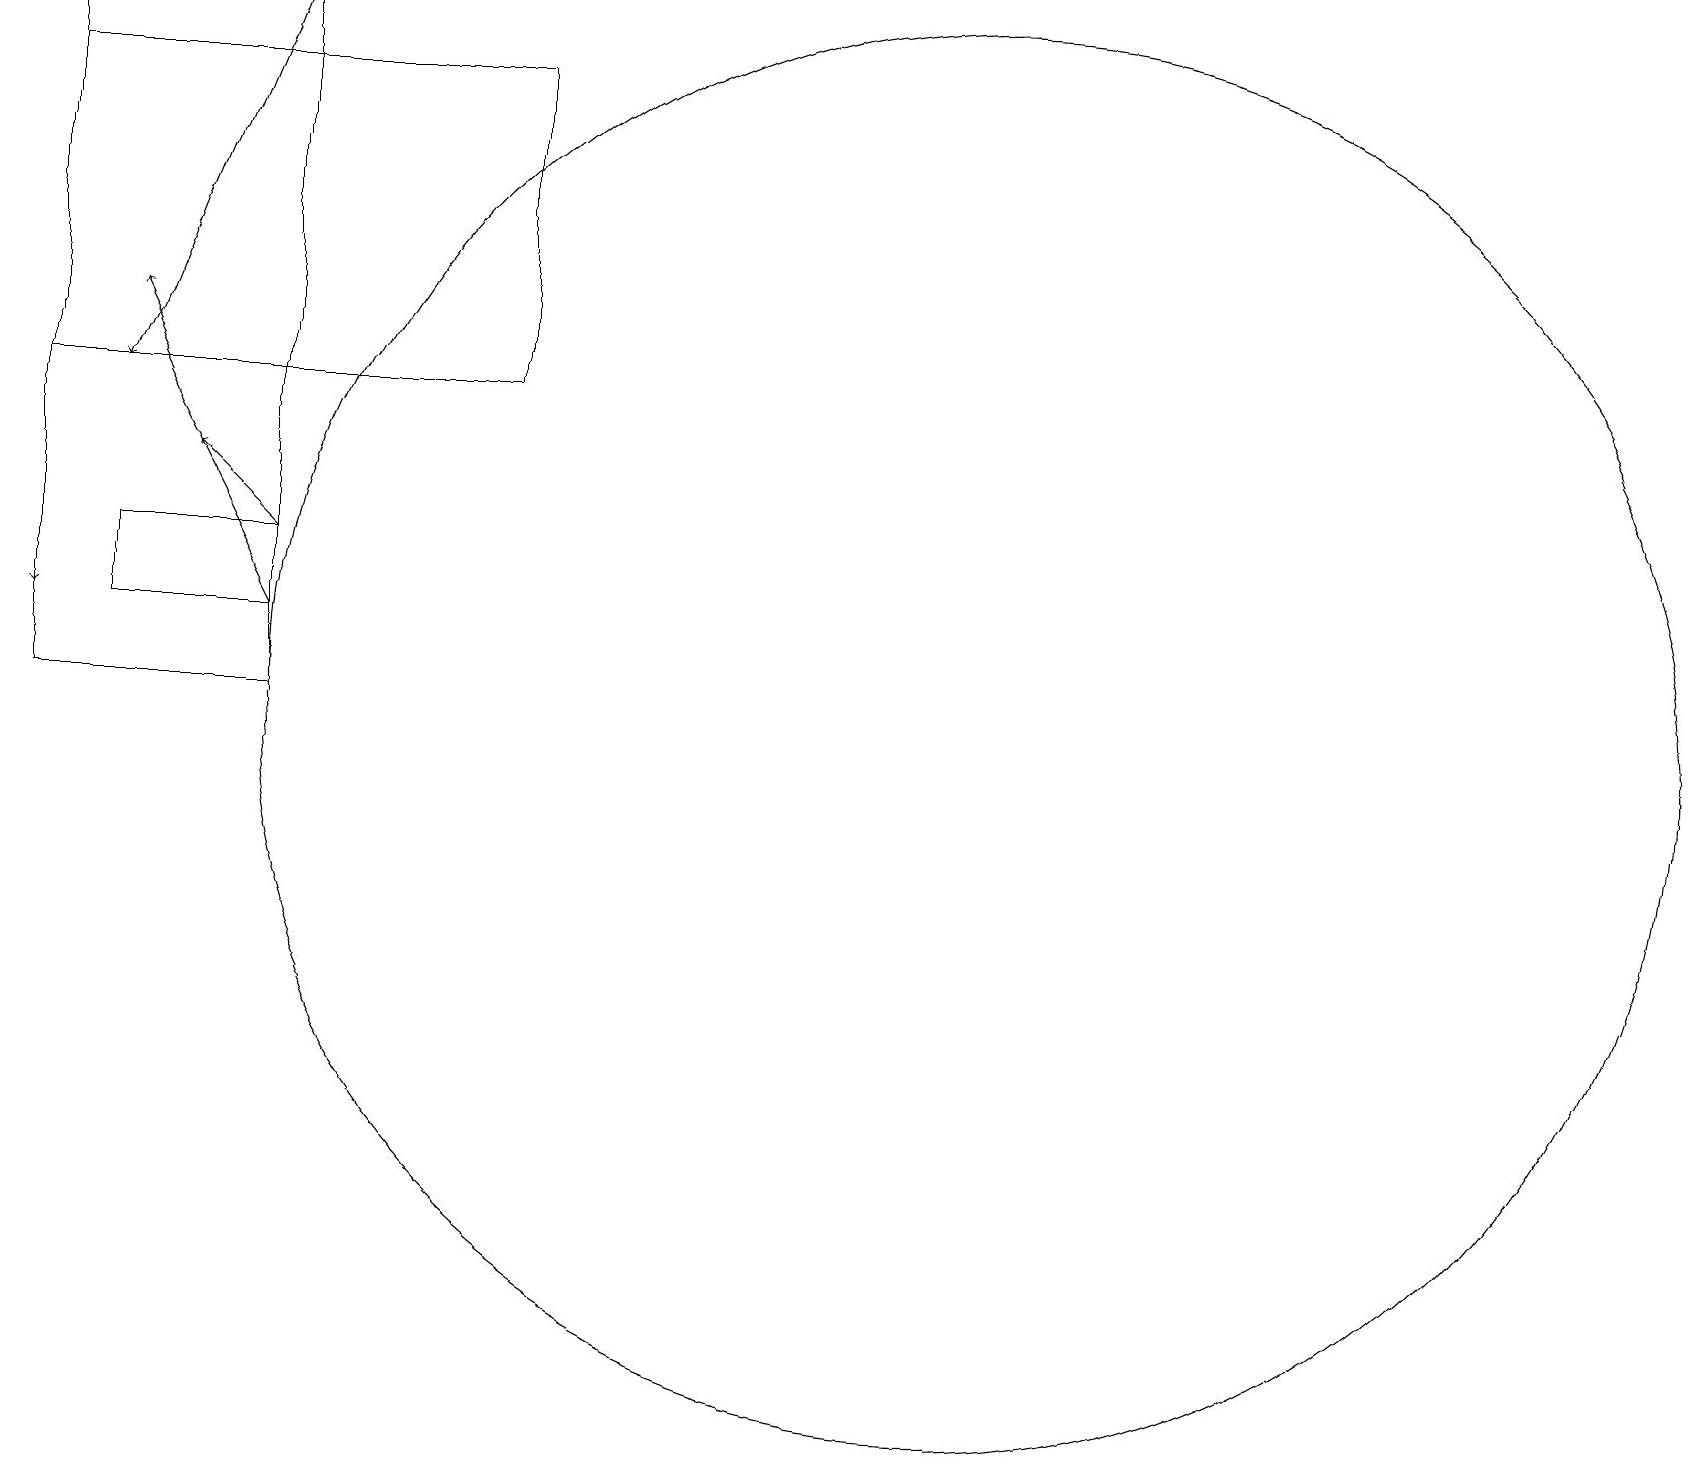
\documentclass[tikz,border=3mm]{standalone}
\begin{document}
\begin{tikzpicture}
\draw[->] (3,19) -- (1,14);
\draw[->] (3,11) -- (1,15);
\draw[->] (3,12) -- (2,13);
\draw (12,10) circle (9);
\draw (0,19) rectangle (3,10);
\draw[->] (0,17) -- (0,11);
\draw (1,11) rectangle (3,12);
\draw (6,14) rectangle (0,18);
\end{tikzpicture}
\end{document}